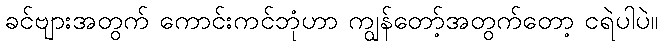
ခင်ဗျားအတွက် ကောင်းကင်ဘုံဟာ ကျွန်တော့်အတွက်တော့ ငရဲပါပဲ။